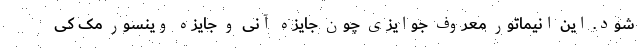
شود. این انیماتور معروف جوایزی چون جایزه آنی و جایزه وینسور مک کی